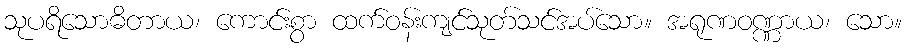
သုပရိသောဓိတာယ၊ ကောင်းစွာ ထက်ဝန်းကျင်သုတ်သင်အပ်သော။ အရုဏဝဏ္ဏာယ၊ သော။